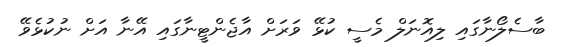
ބާސެލޯނާގައި ލިއޮނަލް މެސީ ކުޅޭ ވަރަށް އާޖެންޓީނާގައި އޭނާ އަށް ނުކުޅެވޭ